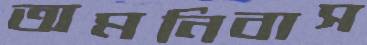
অমনিবাস